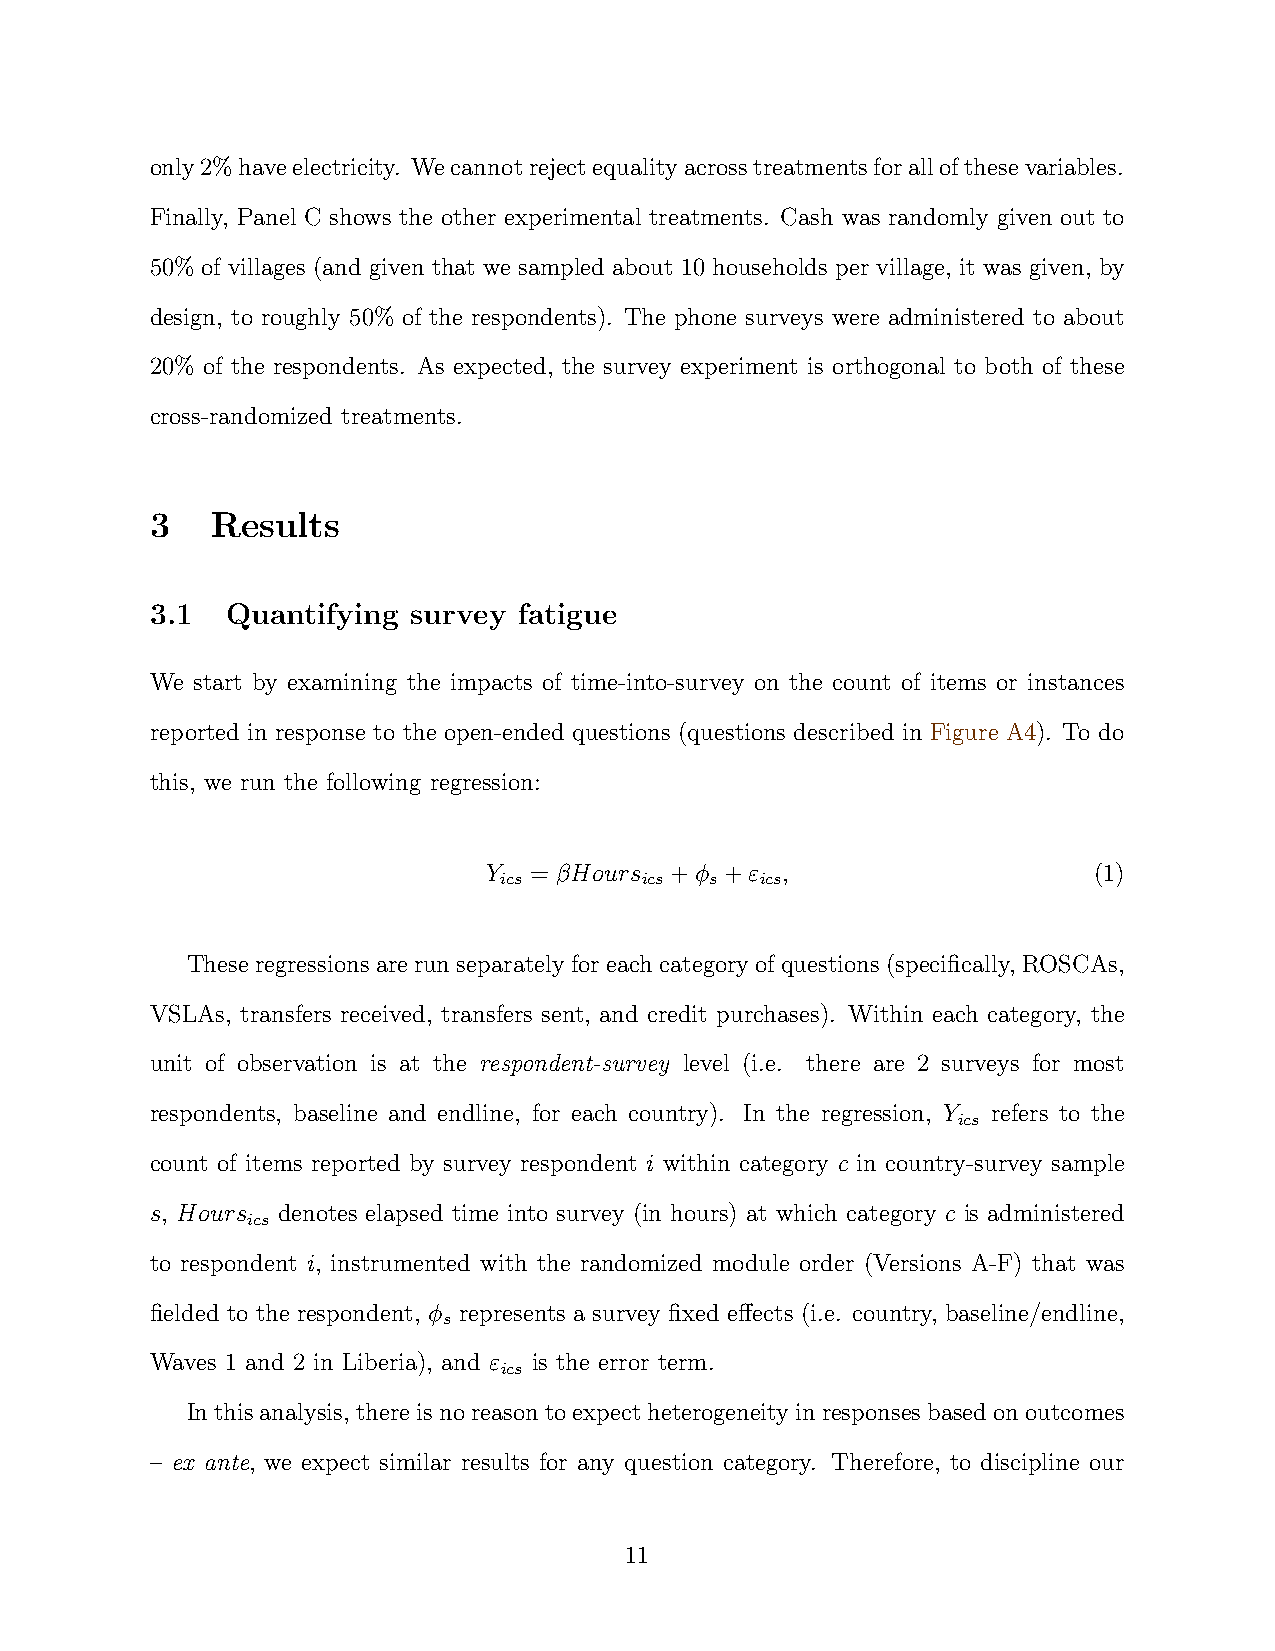
only2%haveelectricity. Wecannotrejectequalityacrosstreatmentsforallofthesevariables.
 Finally, Panel C shows the other experimental treatments. Cash was randomly given out to
 50% of villages (and given that we sampled about 10 households per village, it was given, by
 design, to roughly 50% of the respondents). The phone surveys were administered to about
 20% of the respondents. As expected, the survey experiment is orthogonal to both of these
 cross-randomized treatments.
 3   Results
 3.1  Quantifying survey fatigue
 We start by examining the impacts of time-into-survey on the count of items or instances
 reported in response to the open-ended questions (questions described in Figure A4). To do
 this, we run the following regression:
 Y  = βHours +ϕ  +ε  ,                   (1)
 ics      ics  s  ics
 These regressionsare run separatelyfor each categoryof questions (specifically, ROSCAs,
 VSLAs, transfers received, transfers sent, and credit purchases). Within each category, the
 unit of observation is at the respondent-survey level (i.e. there are 2 surveys for most
 respondents, baseline and endline, for each country). In the regression, Y refers to the
 ics
 count of items reported by survey respondent i within category c in country-survey sample
 s, Hours denotes elapsed time into survey (in hours) at which category c is administered
 ics
 to respondent i, instrumented with the randomized module order (Versions A-F) that was
 fielded to the respondent, ϕ represents a survey fixed effects (i.e. country, baseline/endline,
 s
 Waves 1 and 2 in Liberia), and ε is the error term.
 ics
 Inthisanalysis, thereisnoreasontoexpectheterogeneityinresponsesbasedonoutcomes
 – ex ante, we expect similar results for any question category. Therefore, to discipline our
 11